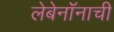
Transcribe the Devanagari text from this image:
लेबेनॉनाची